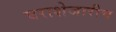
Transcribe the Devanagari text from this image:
घराशेजारीच